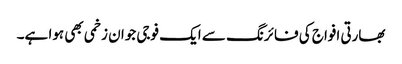
بھارتی افواج کی فائرنگ سے ایک فوجی جوان زخمی بھی ہوا ہے۔